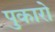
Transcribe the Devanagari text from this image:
पुकारो